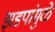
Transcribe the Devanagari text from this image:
झडपांमुळे